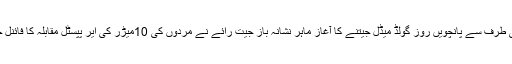
ہندوستان کی طرف سے پانچویں روز گولڈ میڈل جیتنے کا آغاز ماہر نشانہ باز جیت رائے نے مردوں کی 10میڑر کی ایر پپسٹل مقابلہ کا فائنل جیت کر کیا۔